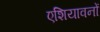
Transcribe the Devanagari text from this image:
एशियावनों